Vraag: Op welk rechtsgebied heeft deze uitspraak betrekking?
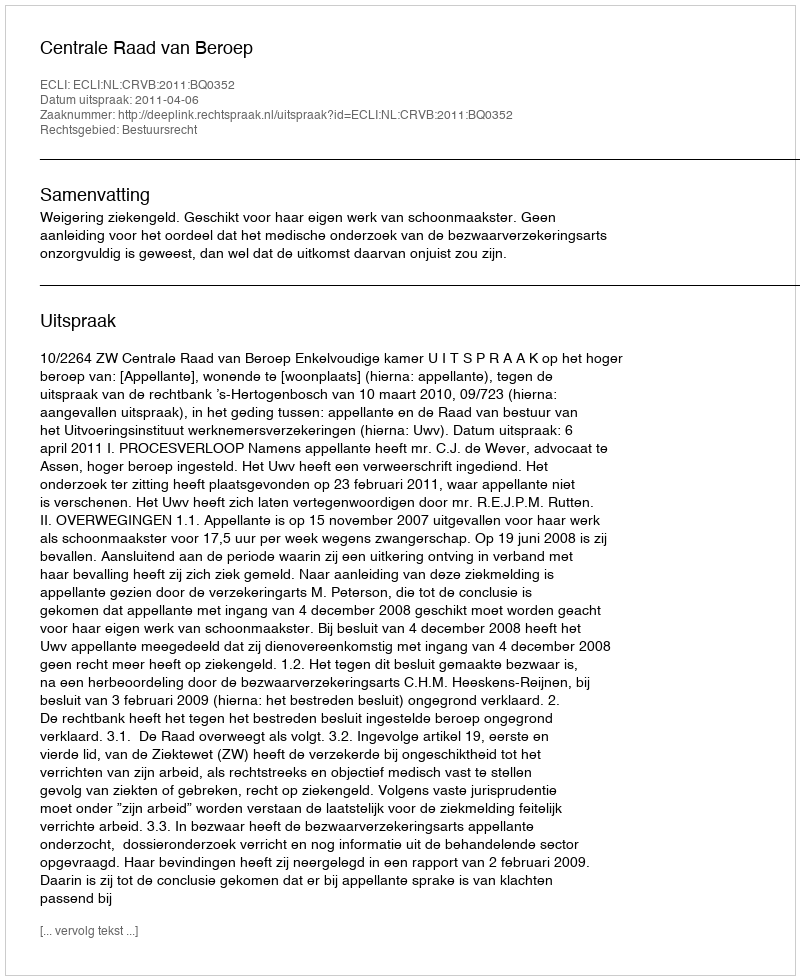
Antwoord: Bestuursrecht